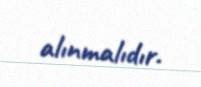
alınmalıdır.